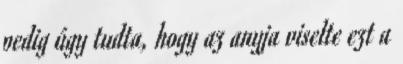
pedig úgy tudta, hogy az anyja viselte ezt a